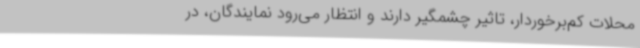
محلات کم‌برخوردار، تاثیر چشمگیر دارند و انتظار می‌رود نمایندگان، در